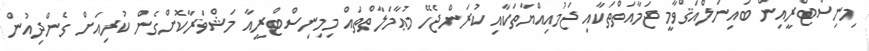
މިނިސްޓްރީއިން ބައިނަލްއަޤްވާމީ ޖަމާއަތްތަކާއި ޖަމުއިއްޔާތަކާއި ކުރަންޖެހޭ މުޢާމަލާތްތައް މިމިނިސްޓްރީއާ މަޝްވަރާކޮށްގެން ކުރިއަށް ގެންދިއުން